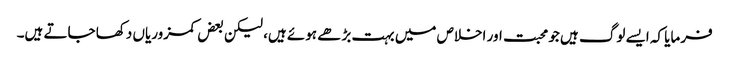
فرمایا کہ ایسے لوگ ہیں جو محبت اور اخلاص میں بہت بڑھے ہوئے ہیں، لیکن بعض کمزوریاں دکھا جاتے ہیں۔